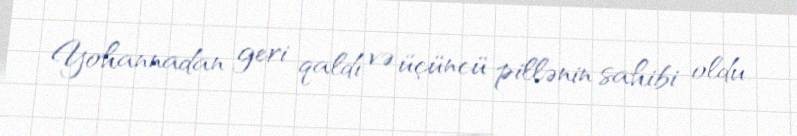
Yohannadan geri qaldı və üçüncü pillənin sahibi oldu.